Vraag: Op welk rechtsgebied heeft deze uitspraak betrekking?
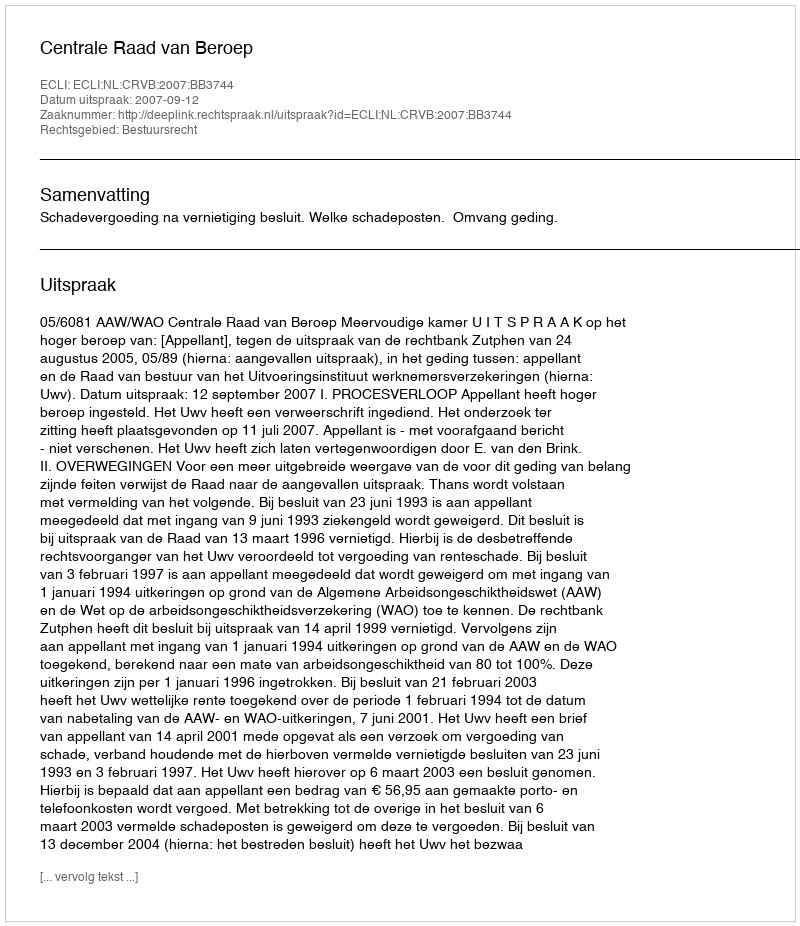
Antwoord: Bestuursrecht